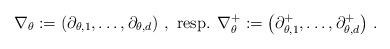
LaTeX: \begin{align*}\nabla_\theta := \left (\partial_{\theta,1},\dots, \partial_{\theta,d}\right )\, ,\mbox{ resp. } \nabla^+_\theta := \left (\partial^+_{\theta,1},\dots, \partial^+_{\theta,d}\right )\, .\end{align*}